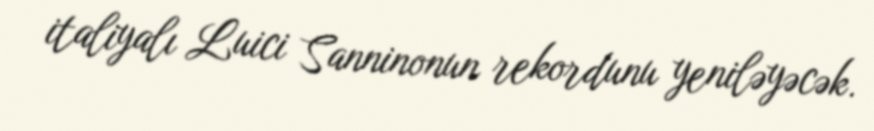
italiyalı Luici Sanninonun rekordunu yeniləyəcək.